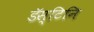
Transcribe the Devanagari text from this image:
डॅस्टिनि